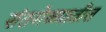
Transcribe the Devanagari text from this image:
संतमेळ्यातील